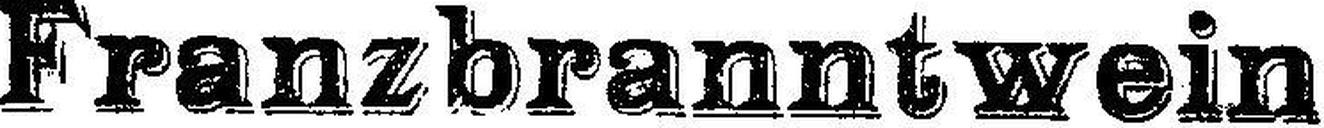
Franzbranntwein